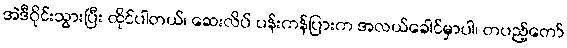
အဲဒီဝိုင်းသွားပြီး ထိုင်ပါတယ်၊ ဆေးလိပ် ပန်းကန်ပြားက အလယ်ခေါင်မှာပါ၊ တပည့်တော်